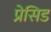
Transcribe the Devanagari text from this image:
प्रेसिड